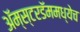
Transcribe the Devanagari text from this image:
अॅम्स्टरडॅममध्येच